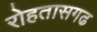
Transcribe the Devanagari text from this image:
रोहतासगढ